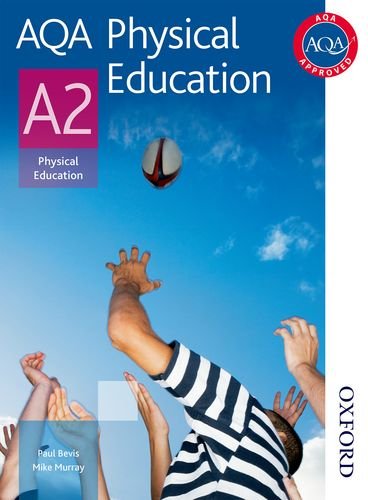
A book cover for AQA Physical Education A2; Michael Murray; Teen & Young Adult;